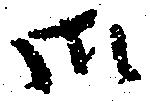
御